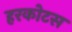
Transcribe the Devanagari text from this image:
हरकोटस